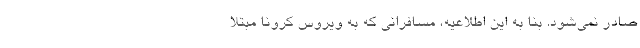
صادر نمی‌شود. بنا به این اطلاعیه، مسافرانی که به ویروس کرونا مبتلا